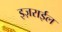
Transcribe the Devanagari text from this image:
इज़राईल